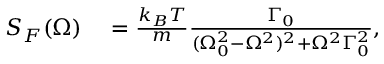
\begin{array} { r l } { S _ { F } ( \Omega ) } & { { } = \frac { k _ { B } T } { m } \frac { \Gamma _ { 0 } } { ( \Omega _ { 0 } ^ { 2 } - \Omega ^ { 2 } ) ^ { 2 } + \Omega ^ { 2 } \Gamma _ { 0 } ^ { 2 } } , } \end{array}